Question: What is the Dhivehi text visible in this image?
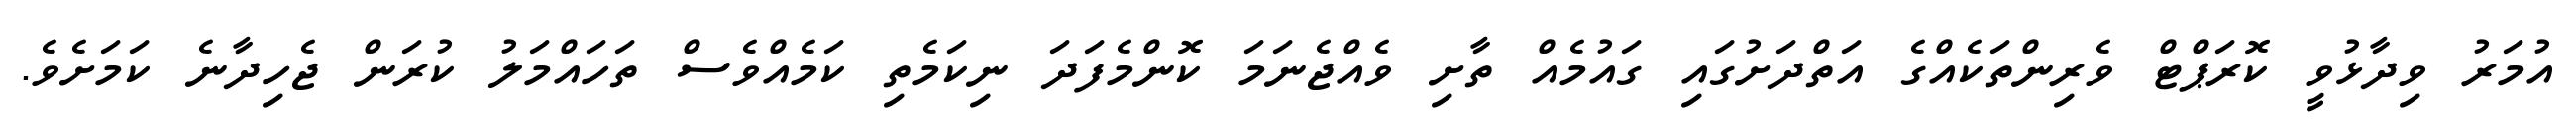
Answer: އުމަރު ވިދާޅުވީ ކޮރަޕްޓް ވެރިންތަކެއްގެ އަތްދަށުގައި ގައުމެއް ތާށި ވެއްޖެނަމަ ކޮންމެފަދަ ނިކަމެތި ކަމެއްވެސް ތަހައްމަލު ކުރަން ޖެހިދާނެ ކަމަށެވެ.